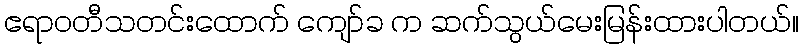
ဧရာဝတီသတင်းထောက် ကျော်ခ က ဆက်သွယ်မေးမြန်းထားပါတယ်။